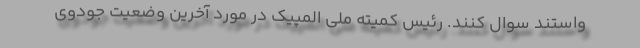
واستند سوال کنند. رئیس کمیته ملی المپیک در مورد آخرین وضعیت جودوی